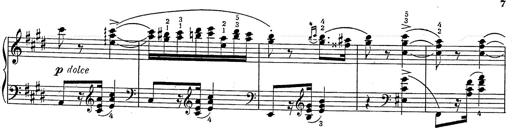
Title: Hungarian Rhapsody No.2
Composer: Franz Liszt
Key: C-sharp minor